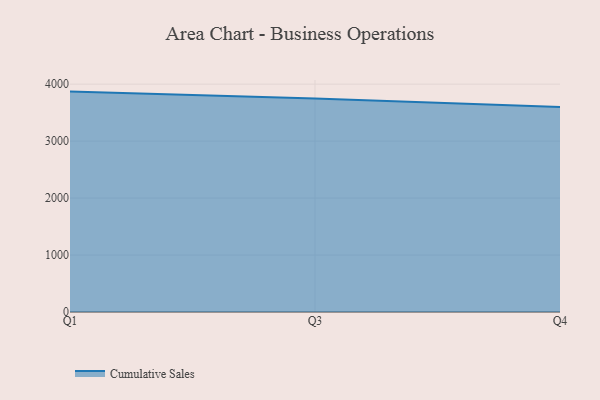
{"axis": {"x": "Quarter", "y": "Market Share (%)"}, "legend": ["Cumulative Sales"], "data": [{"x": "Q1", "y": 3869.4, "type": "Cumulative Sales"}, {"x": "Q3", "y": 3748.5, "type": "Cumulative Sales"}, {"x": "Q4", "y": 3599.4, "type": "Cumulative Sales"}]}